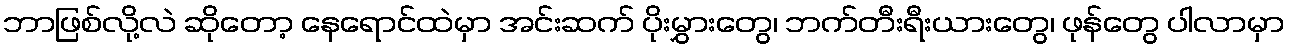
ဘာဖြစ်လို့လဲ ဆိုတော့ နေရောင်ထဲမှာ အင်းဆက် ပိုးမွှားတွေ၊ ဘက်တီးရီးယားတွေ၊ ဖုန်တွေ ပါလာမှာ